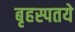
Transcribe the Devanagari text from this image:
बृहस्पतये